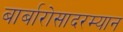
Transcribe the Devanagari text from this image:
बार्बारोसादरम्यान